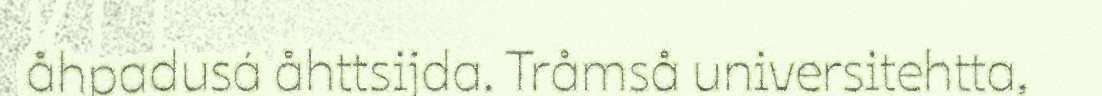
åhpadusá åhttsijda. Tråmså universitehtta,